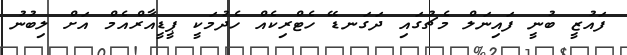
ފައުޒީ ބުނީ ފައިނަލް މެޗުގައި ދަގަނޑޭ ހެޓްރިކެއް ހެދުމަކީ ޕީޑީއާރްއެމް އަށް ލިބުނު